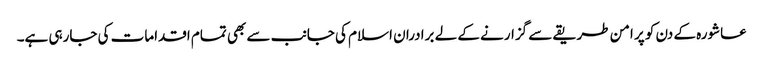
عاشورہ کے دن کو پر امن طریقے سے گزارنے کے لے برادران اسلام کی جانب سے بھی تمام اقدامات کی جارہی ہے۔